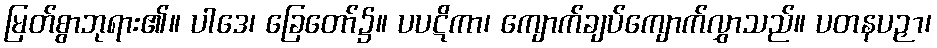
မြတ်စွာဘုရား၏။ ပါဒေ၊ ခြေတော်၌။ ပပဋိကာ၊ ကျောက်ချပ်ကျောက်လွှာသည်။ ပတနပဉှာ၊